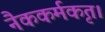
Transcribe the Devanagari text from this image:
नैककर्मकृत।